NAE_ERA_R-1765_ENSV_Kirjanike_Liit_1945-1955, lk 81
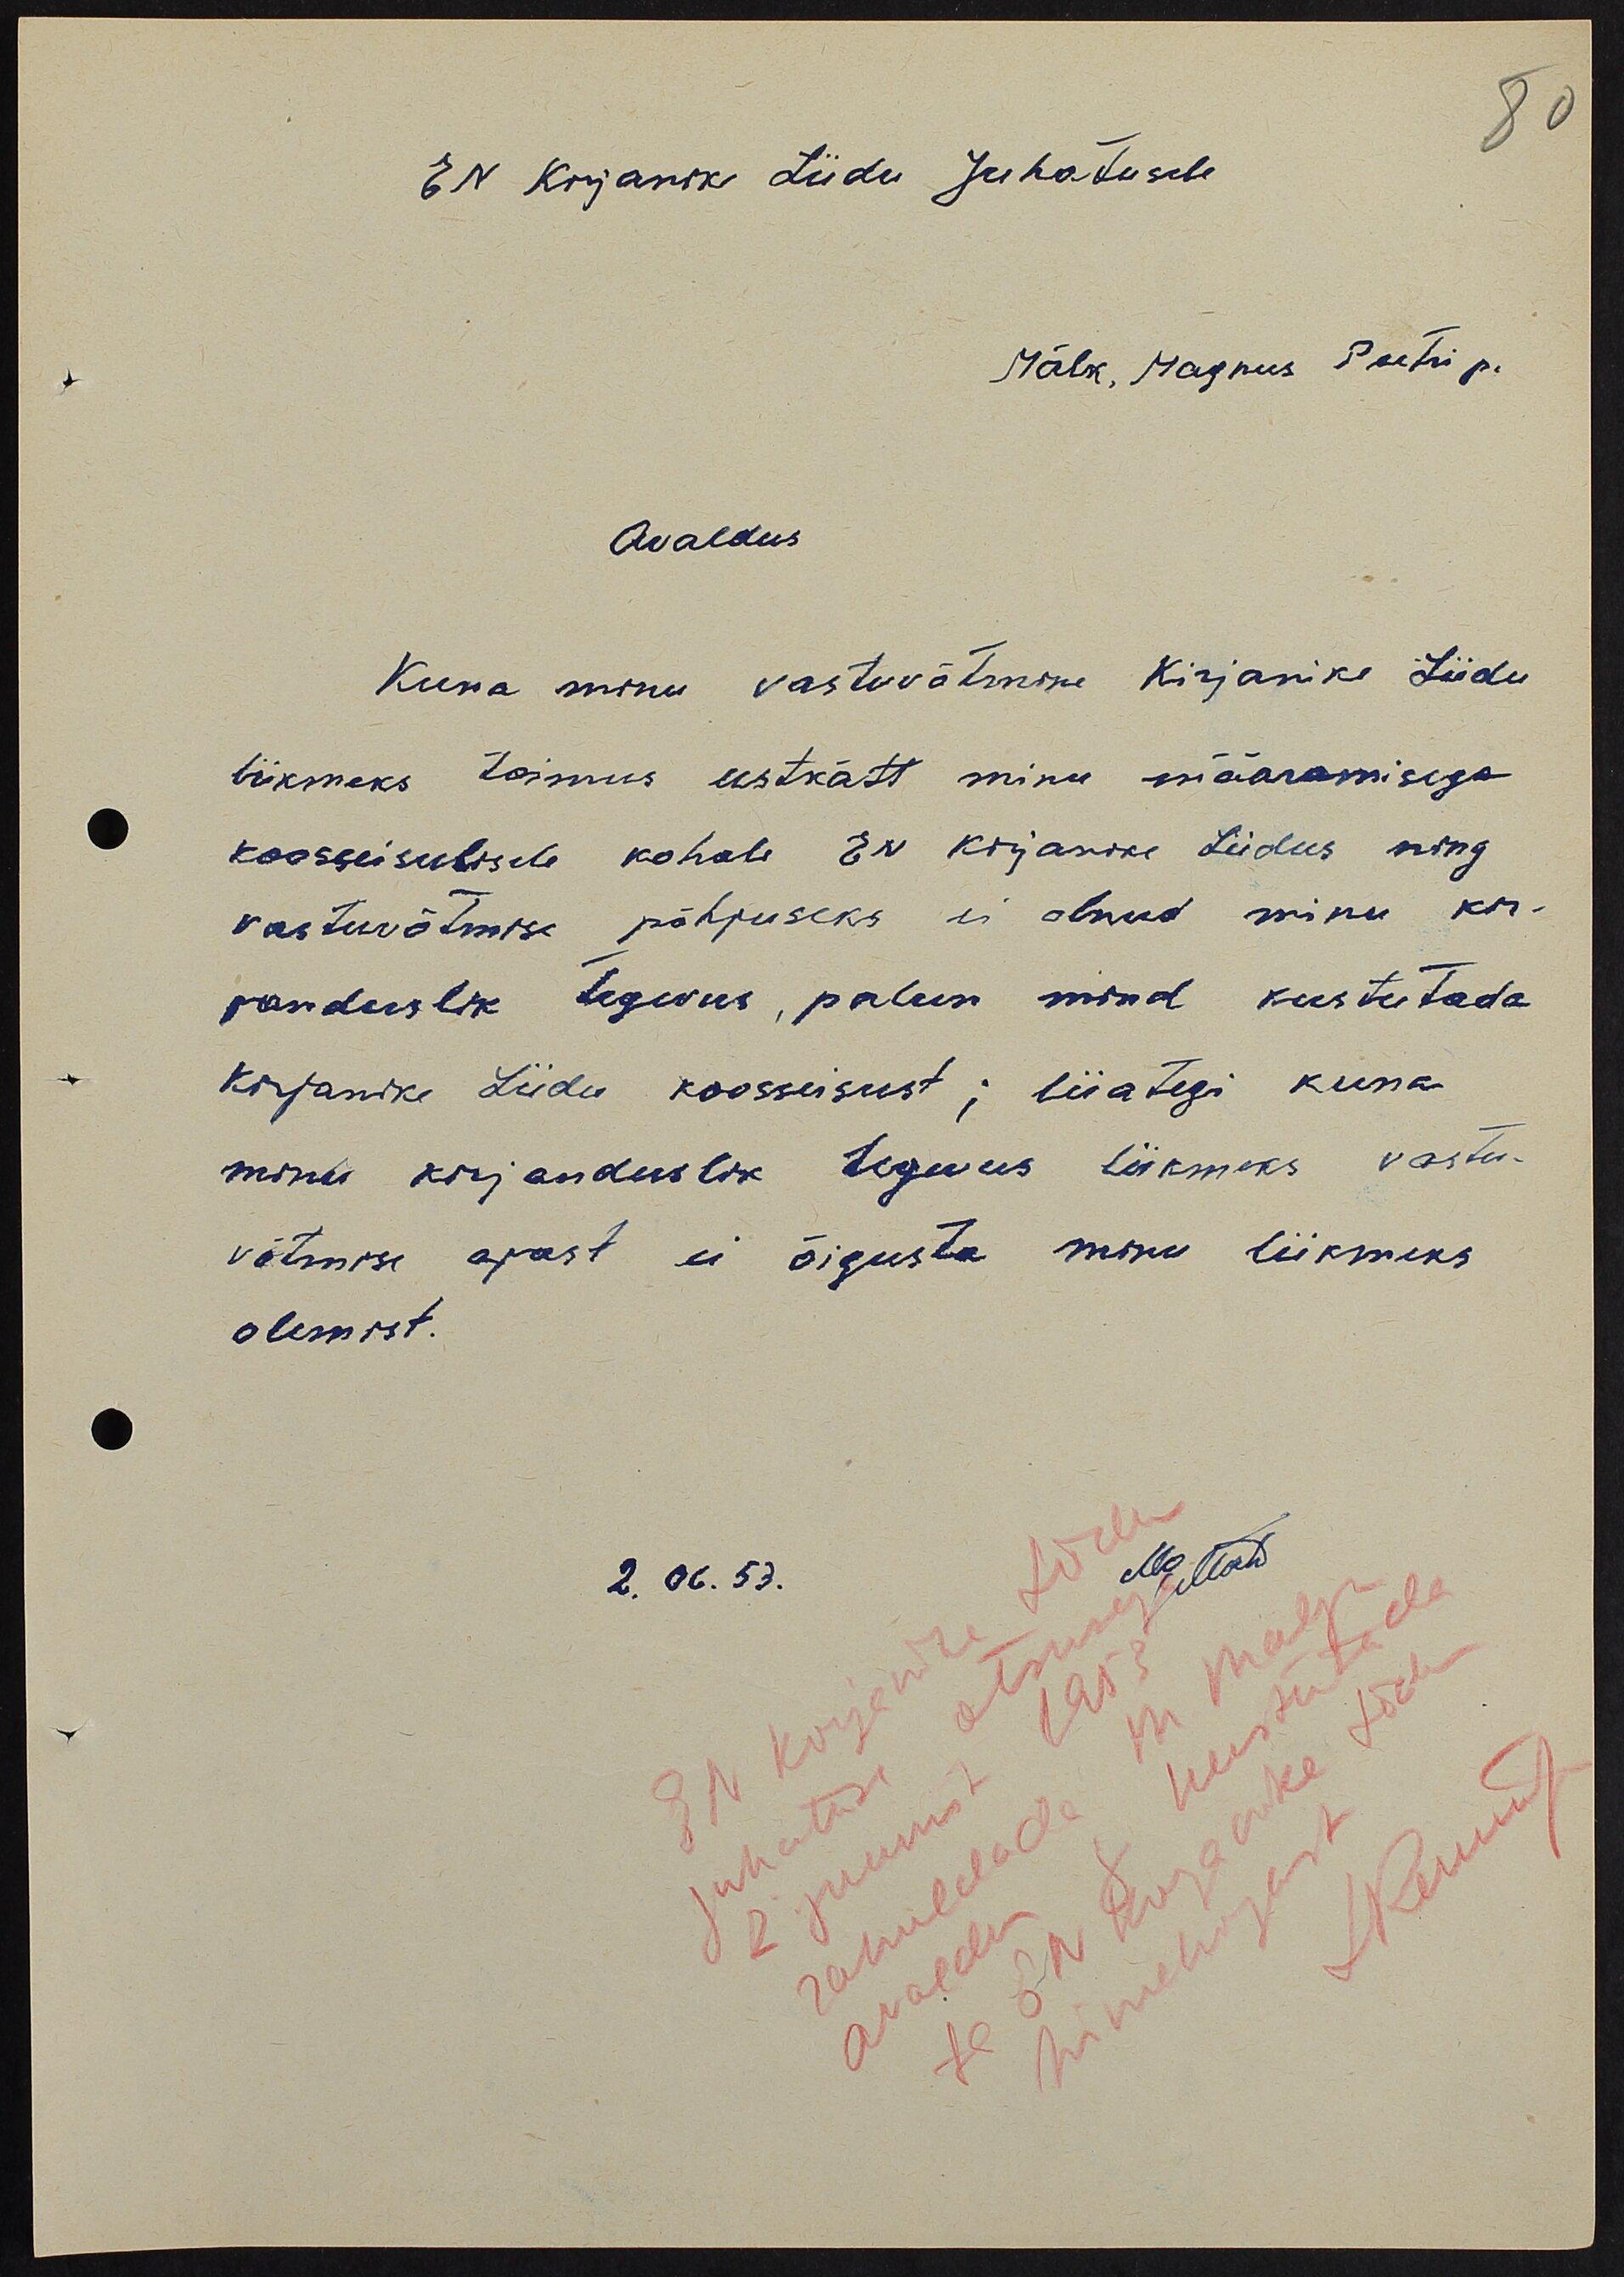
En Krjanike Liidu Juhatusele
Mälk, Magnus Peetri p.
Avaldus
Kuna minu vastuvõtmine Kirjanike Liidu
liikmeks toimus eestkätt minu määramisega
koosseisulisele kohale EN Kirjanike Liidus ning
vastuvõtmise põhjuseks ei olnud minu kir-
janduslik tegevus, palun mind kustutada
Kirjanike Liidu koosseisust; liiategi kuna
minu kirjanduslik tegevus liikmeks vastu-
võtmise ajast ei õigusta minu liikmeks
olemist.
2.06.53.